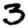
Digit: 3